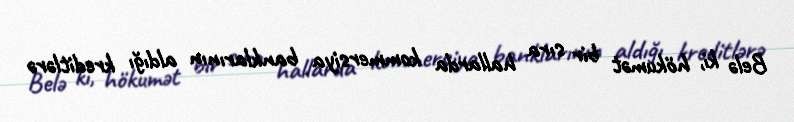
Belə ki, hökumət bir sıra hallarda kommersiya banklarının aldığı kreditlərə